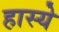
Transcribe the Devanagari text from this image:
हास्ये